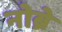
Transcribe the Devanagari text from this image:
नोब्रे